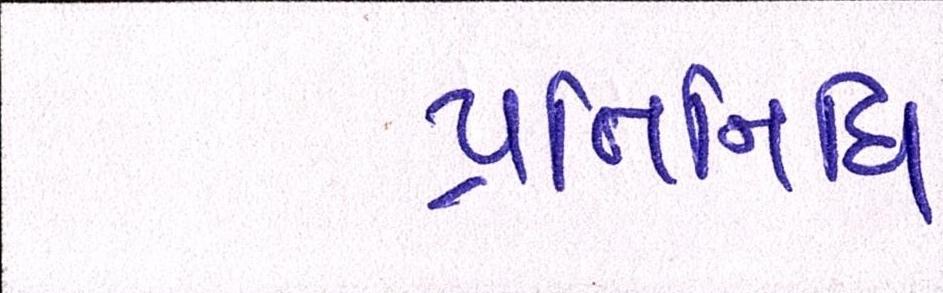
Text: પ્રતિનિધિ